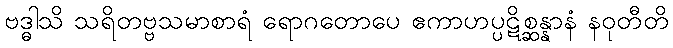
ဗဒ္ဓါသိ သရိတဗ္ဗသမာစာရံ ရောဂတောပေ ဧကာဟပ္ပဋိစ္ဆန္နာနံ နဝုတီတိ